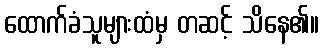
ထောက်ခံသူများထံမှ တဆင့် သိနေ၏။